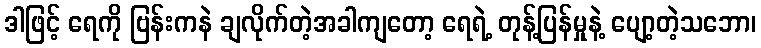
ဒါဖြင့် ရေကို ဗြန်းကနဲ ချလိုက်တဲ့အခါကျတော့ ရေရဲ့ တုန့်ပြန်မှုနဲ့ ပျော့တဲ့သဘော၊